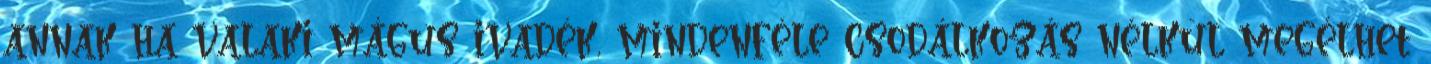
annak ha valaki mágus ivadék, mindenféle csodálkozás nélkül megélhet